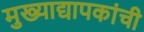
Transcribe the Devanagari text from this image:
मुख्‍याद्यापकांची